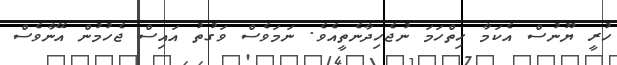
ހުރީ ޔޫނުސް އެކަމާ ހިތްހަމަ ނުޖެހިދާނެތީއެވެ. ނަމަވެސް ވަގުތު އައިސް ޖެހުމުން އޭނާވެސް